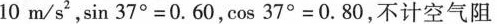
1 0m/s^{ 2 } $$ ，$$ sin 3 7 ° = 0 . 6 0 $$，$$ cos 3 7 ° = 0 . 8 0 $$，不计空气阻